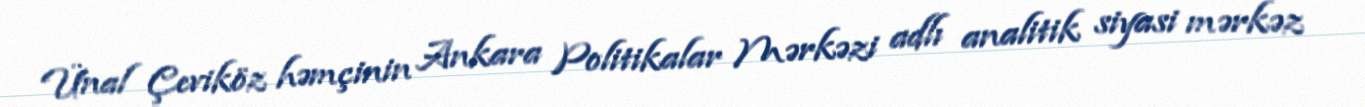
Ünal Çeviköz həmçinin Ankara Politikalar Mərkəzi adlı analitik siyasi mərkəz